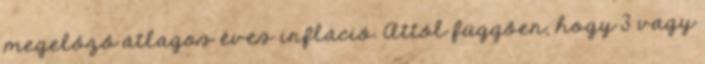
megelőző átlagos éves infláció. Attól függően, hogy 3 vagy